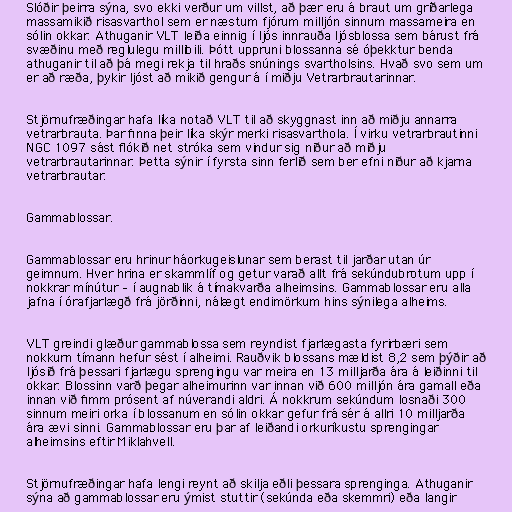
Slóðir þeirra sýna, svo ekki verður um villst, að þær eru á braut um gríðarlega
massamikið risasvarthol sem er næstum fjórum milljón sinnum massameira en
sólin okkar. Athuganir VLT leiða einnig í ljós innrauða ljósblossa sem bárust frá
svæðinu með reglulegu millibili. Þótt uppruni blossanna sé óþekktur benda
athuganir til að þá megi rekja til hraðs snúnings svartholsins. Hvað svo sem um
er að ræða, þykir ljóst að mikið gengur á í miðju Vetrarbrautarinnar.

Stjörnufræðingar hafa líka notað VLT til að skyggnast inn að miðju annarra
vetrarbrauta. Þar finna þeir líka skýr merki risasvarthola. Í virku vetrarbrautinni
NGC 1097 sást flókið net stróka sem vindur sig niður að miðju
vetrarbrautarinnar. Þetta sýnir í fyrsta sinn ferlið sem ber efni niður að kjarna
vetrarbrautar.

Gammablossar.

Gammablossar eru hrinur háorkugeislunar sem berast til jarðar utan úr
geimnum. Hver hrina er skammlíf og getur varað allt frá sekúndubrotum upp í
nokkrar mínútur – í augnablik á tímakvarða alheimsins. Gammablossar eru alla
jafna í órafjarlægð frá jörðinni, nálægt endimörkum hins sýnilega alheims.

VLT greindi glæður gammablossa sem reyndist fjarlægasta fyrirbæri sem
nokkurn tímann hefur sést í alheimi. Rauðvik blossans mældist 8,2 sem þýðir að
ljósið frá þessari fjarlægu sprengingu var meira en 13 milljarða ára á leiðinni til
okkar. Blossinn varð þegar alheimurinn var innan við 600 milljón ára gamall eða
innan við fimm prósent af núverandi aldri. Á nokkrum sekúndum losnaði 300
sinnum meiri orka í blossanum en sólin okkar gefur frá sér á allri 10 milljarða
ára ævi sinni. Gammablossar eru þar af leiðandi orkuríkustu sprengingar
alheimsins eftir Miklahvell.

Stjörnufræðingar hafa lengi reynt að skilja eðli þessara sprenginga. Athuganir
sýna að gammablossar eru ýmist stuttir (sekúnda eða skemmri) eða langir